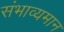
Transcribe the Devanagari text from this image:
संभाव्यमान